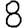
Digit: 8